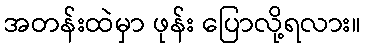
အတန်းထဲမှာ ဖုန်း ပြောလို့ရလား။